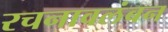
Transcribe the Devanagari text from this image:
रचनावलंबन